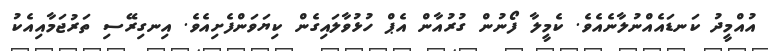
އުއްމީދު ކަނޑައެއްނުލާނެއެވެ. ކެމީލާ ފޯނުން ގުރުއާން އެޕް ހުޅުވާލައިގެން ކިޔަވަންފެށިއެވެ. އިނގިރޭސި ތަރުޖަމާއިއެކު